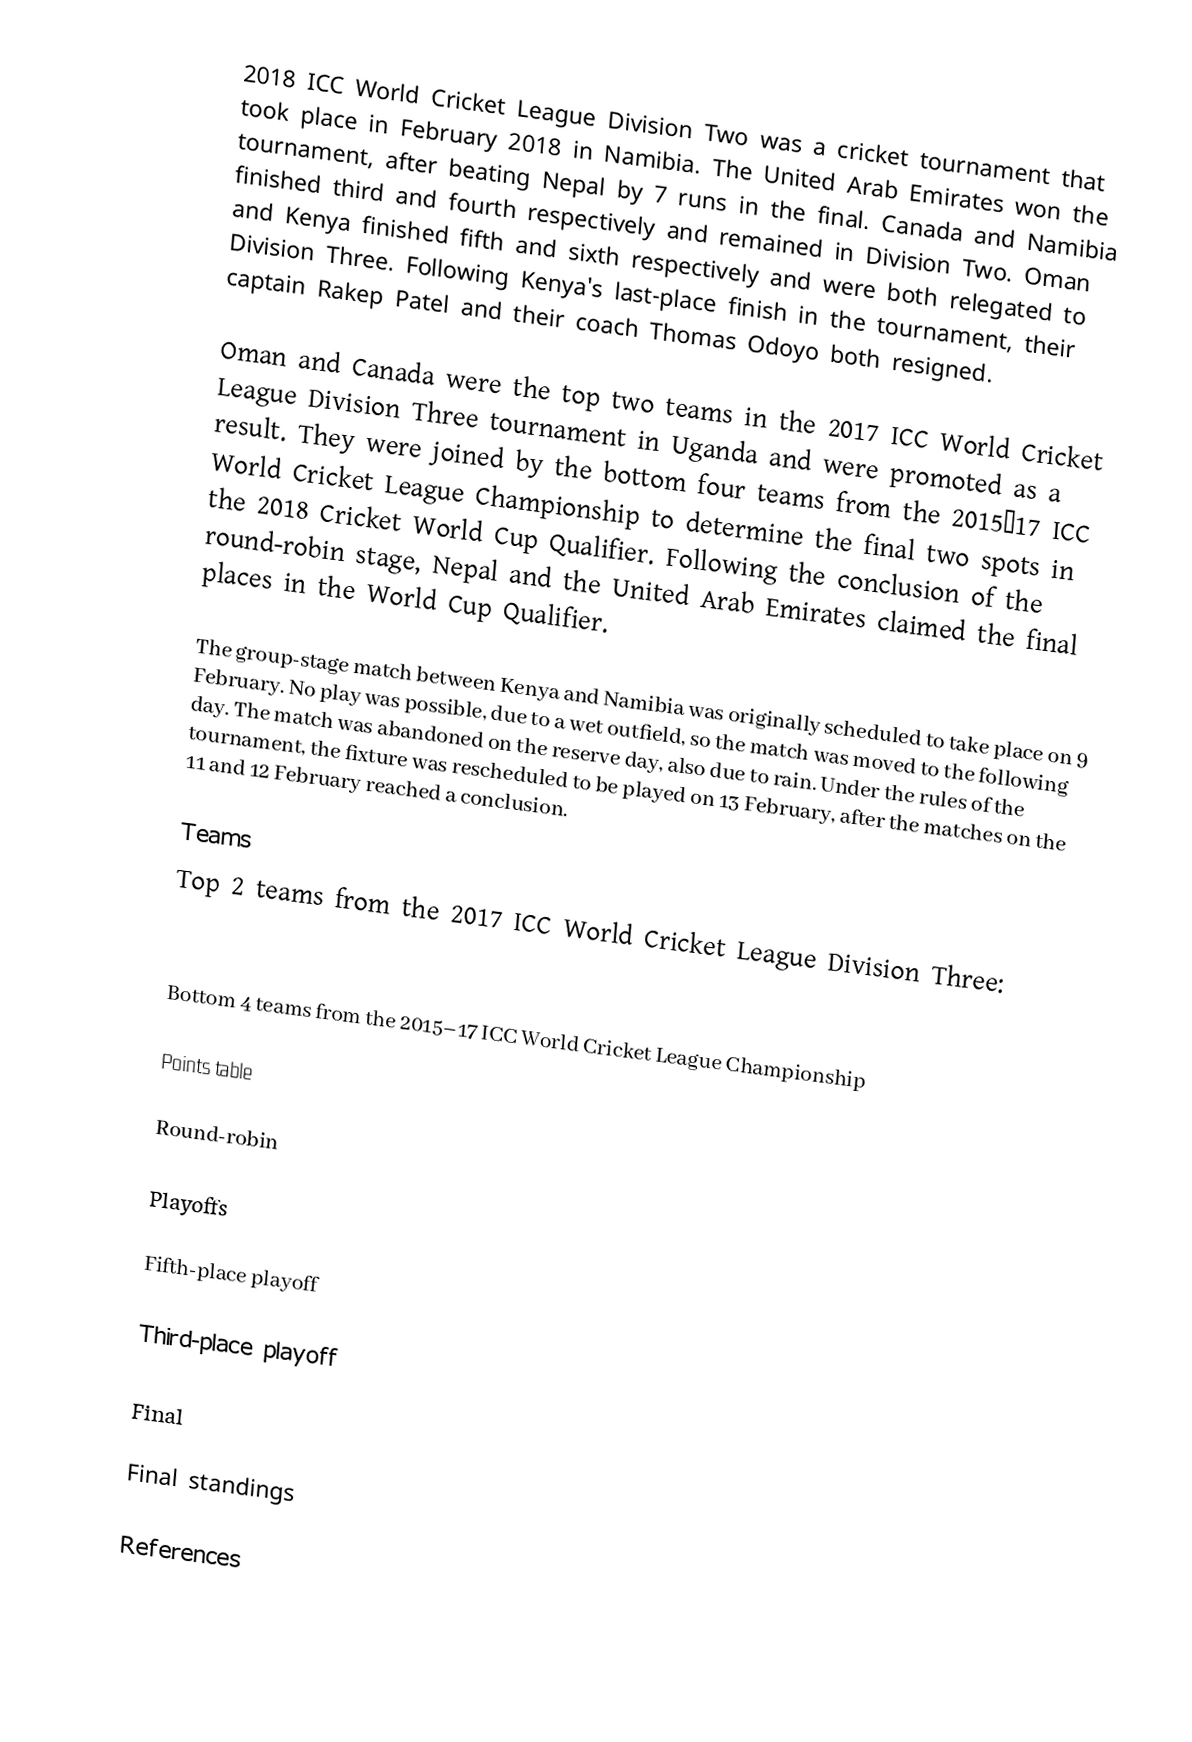
2018 ICC World Cricket League Division Two was a cricket tournament that took place in February 2018 in Namibia. The United Arab Emirates won the tournament, after beating Nepal by 7 runs in the final. Canada and Namibia finished third and fourth respectively and remained in Division Two. Oman and Kenya finished fifth and sixth respectively and were both relegated to Division Three. Following Kenya's last-place finish in the tournament, their captain Rakep Patel and their coach Thomas Odoyo both resigned.

Oman and Canada were the top two teams in the 2017 ICC World Cricket League Division Three tournament in Uganda and were promoted as a result. They were joined by the bottom four teams from the 2015–17 ICC World Cricket League Championship to determine the final two spots in the 2018 Cricket World Cup Qualifier. Following the conclusion of the round-robin stage, Nepal and the United Arab Emirates claimed the final places in the World Cup Qualifier.

The group-stage match between Kenya and Namibia was originally scheduled to take place on 9 February. No play was possible, due to a wet outfield, so the match was moved to the following day. The match was abandoned on the reserve day, also due to rain. Under the rules of the tournament, the fixture was rescheduled to be played on 13 February, after the matches on the 11 and 12 February reached a conclusion.

Teams
Top 2 teams from the 2017 ICC World Cricket League Division Three:

Bottom 4 teams from the 2015–17 ICC World Cricket League Championship

Points table

Round-robin

Playoffs

Fifth-place playoff

Third-place playoff

Final

Final standings

References